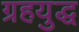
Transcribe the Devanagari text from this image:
ग्रहयुद्ध